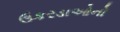
ઉકરડાઓનો